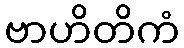
ဗာဟိတိကံ